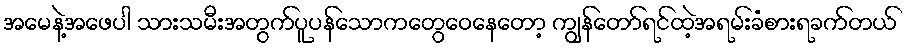
အမေနဲ့အဖေပါ သားသမီးအတွက်ပူပန်သောကတွေဝေနေတော့ ကျွန်တော်ရင်ထဲ့အရမ်းခံစားရခက်တယ်